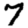
Digit: 7